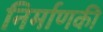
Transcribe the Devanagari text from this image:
निर्माणकी